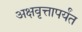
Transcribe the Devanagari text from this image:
अक्षवृत्तापर्यंत